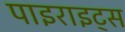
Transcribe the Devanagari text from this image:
पाइराइट्स